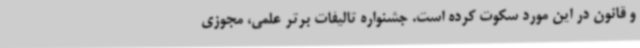
و قانون در این مورد سکوت کرده است. جشنواره تالیفات برتر علمی، مجوزی